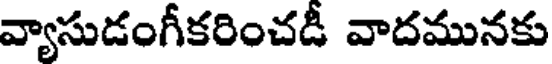
వ్యాసుడంగీకరించడీ వాదమునకు